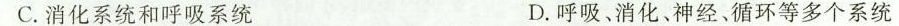
C.消化系统和呼吸系统 D.呼吸、消化、神经、循环等多个系统